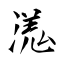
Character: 溬